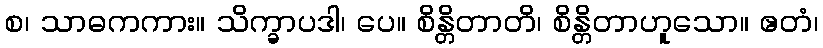
စ၊ သာဓကကား။ သိက္ခာပဒါ၊ ပေ။ စိန္တိတာတိ၊ စိန္တိတာဟူသော။ ဧတံ၊